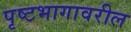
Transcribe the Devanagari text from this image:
पृष्टभागावरील